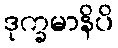
ဒုက္ခမာနိပိ